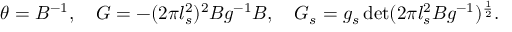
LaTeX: \begin{array} { c } { { \theta = B ^ { - 1 } , \quad G = - ( 2 \pi l _ { s } ^ { 2 } ) ^ { 2 } B g ^ { - 1 } B , \quad G _ { s } = g _ { s } \operatorname * { d e t } ( 2 \pi l _ { s } ^ { 2 } B g ^ { - 1 } ) ^ { \frac { 1 } { 2 } } . } } \end{array}